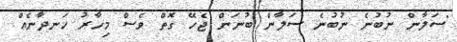
"ސަލާން ނުބުނެ ނުބުނެ ސަލާން ބުނަން ޖެހޭ ގޮތް ވެސް މިހާރު ހަނދާނެއް